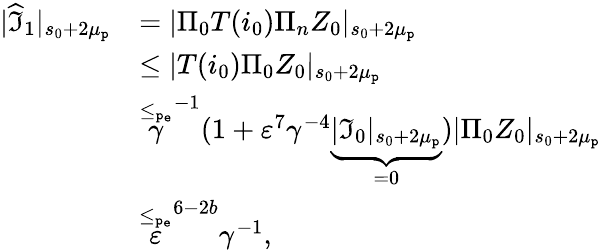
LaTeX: \begin{array}{rl}{|\widehat{\mathfrak{I}}_{1}|_{s_{0}+2\mu_{\mathtt{p}}}}&{=|\Pi_{0}T(i_{0})\Pi_{n}Z_{0}|_{s_{0}+2\mu_{\mathtt{p}}}}\\ &{\le|T(i_{0})\Pi_{0}Z_{0}|_{s_{0}+2\mu_{\mathtt{p}}}}\\ &{\overset{\le_{\mathtt{p_{e}}}}\gamma^{-1}(1+\varepsilon^{7}\gamma^{-4}\underbrace{|\mathfrak{I}_{0}|_{s_{0}+2\mu_{\mathtt{p}}}}_{=0})|\Pi_{0}Z_{0}|_{s_{0}+2\mu_{\mathtt{p}}}}\\ &{\overset{\le_{\mathtt{p_{e}}}}\varepsilon^{6-2b}\gamma^{-1},}\end{array}